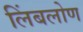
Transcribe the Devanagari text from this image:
लिंबलोण